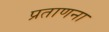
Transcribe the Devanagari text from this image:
प्रताणना